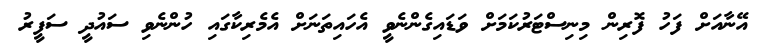
އޭނާއަށް ފަހު ފޮރިން މިނިސްޓަރުކަމަށް ވަޑައިގެންނެވީ އެހައިތަނަށް އެމެރިކާގައި ހުންނެވި ސައުދީ ސަފީރު